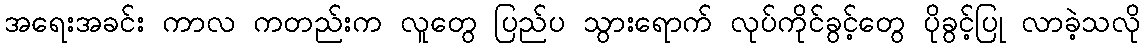
အရေးအခင်း ကာလ ကတည်းက လူတွေ ပြည်ပ သွားရောက် လုပ်ကိုင်ခွင့်တွေ ပိုခွင့်ပြု လာခဲ့သလို